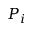
P _ { i }